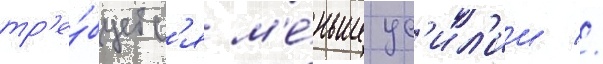
тр'е́буетс'я м'е́ньше ус'ил'ии //